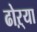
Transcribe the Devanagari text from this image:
ढोऱ्या